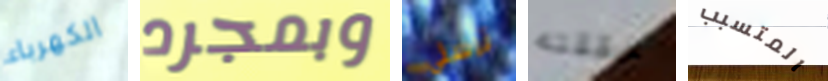
الكهرباء وبمجرد ترسلي حققته المتسبب